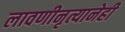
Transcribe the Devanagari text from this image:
लावणीनृत्यानेही